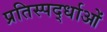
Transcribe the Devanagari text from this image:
प्रतिस्पर्द्धाओं